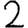
Digit: 2